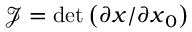
\mathcal { J } = \operatorname* { d e t } \left( \partial \boldsymbol { x } / \partial \boldsymbol { x } _ { 0 } \right)